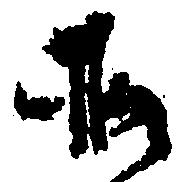
そ